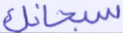
سبحانك